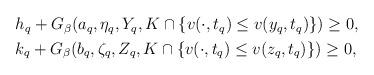
LaTeX: \begin{align*}\begin{aligned}&h_q+G_\beta(a_q, \eta_q, Y_q, K\cap \{v(\cdot, t_q)\leq v(y_q, t_q)\})\geq 0, \\&k_q+G_\beta(b_q, \zeta_q, Z_q, K\cap \{v(\cdot, t_q)\leq v(z_q, t_q)\})\geq 0,\end{aligned}\end{align*}